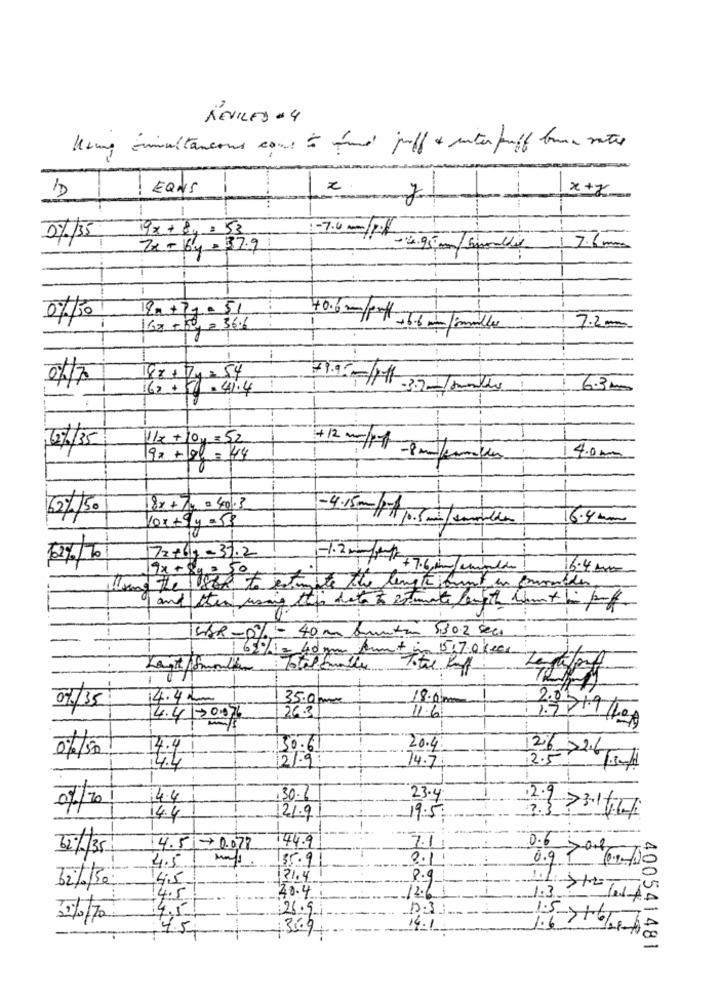
REVILED - 4
Kung insultancous cous und juff + enter puff brune votre
Eans
1 x +x
-
----
19x + 8y = 53
0/35
Zx-by-37.9
17.6 mm
20+71.51
07/50
16x +504 = 36.6
7.2-
Sz+7y=54
62.50=41.4
6.3 mm
2/35
11x + 10y = 52
92 + gf = 44
4.0 m
-
62/150
8x+74 = 401.3
6.4 mm
lox+9y-53
-4.15 m//somthe
62%/10/
72+69-33.2
- 1.2 mm/ +++7.
16.4 0MG
Wing the User to estimate the length hunt in consider
I and then using this data to Brunate with hamet bin porf.
5,3 0.2 seco
SAR-0% - 40 m bunton
Total Raff.
14.4 L
35.000
18.0 mm
--
2.01
07/35
26.3
11.6
4.4 20.076
1.7719/199
30.6
20.4
06/50
12/.9
126 ×216
74.7.
2.57 Tid
07/201
4.4
30.6
23.4
3.3
14.4
121.9
19.5
2.9 73-1 627
144.9
7.1
12/35
4.51- 0.077
0.6 70
4.5
35.91
2.1
0.9 9 (14-12
14,5
21.4
8.9.
40.4
12.61
1.3 7
14.5
4.5
35/70
26.91
4.5
369
14.1.
400541481